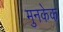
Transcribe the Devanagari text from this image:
मुनकेक